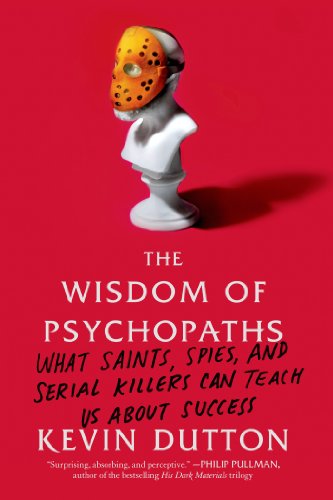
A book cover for The Wisdom of Psychopaths: What Saints, Spies, and Serial Killers Can Teach Us About Success; Kevin Dutton; Medical Books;